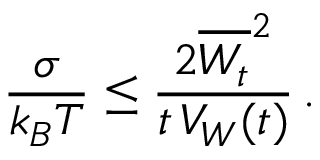
\frac { \sigma } { k _ { B } T } \le \frac { 2 \overline { { W _ { t } } } ^ { 2 } } { t \, { \cal V } _ { W } ( t ) } \, .